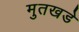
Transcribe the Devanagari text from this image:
मुतखडे